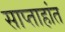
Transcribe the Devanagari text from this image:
साप्ताहांत